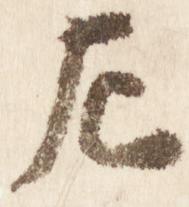
左